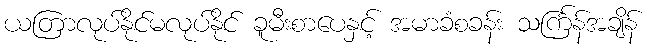
ယတြာလုပ်နိုင်မလုပ်နိုင် ခူမီးစာပေနှင့် အမာခံစခန်း သင်္ကြန်အချိန်